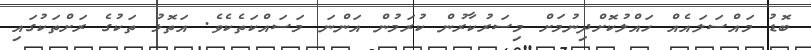
ބޮޑު މައްސަލައެއް ހައްލުކޮށްދިނުމަށް މިސަރުކާރުން ކުރަަމުން އަންނަ މަސައްކަތެކެވެ. އަތޮޅު ތަކުގެ ރަށްތަކުގައި